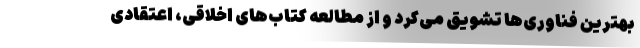
بهترین فناوری‌ها تشویق می‌کرد و از مطالعه کتاب‌های اخلاقی، اعتقادی